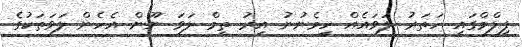
ފިލްމްގައި ހަތަރު ލަވައެއް ހިމެނުނު އިރު ތީމް ލަވަ ނޫން އެހެން ލަވަތަކުގެ